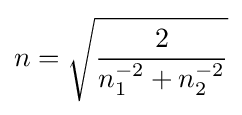
n={\sqrt {\frac {2}{n_{1}^{-2}+n_{2}^{-2}}}}